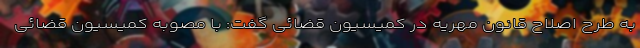
به طرح اصلاح قانون مهریه در کمیسیون قضائی گفت: با مصوبه کمیسیون قضائی